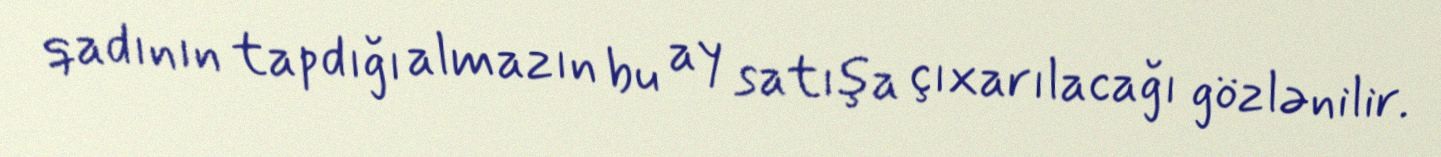
qadının tapdığı almazın bu ay satışa çıxarılacağı gözlənilir.